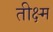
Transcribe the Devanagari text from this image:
तीक्ष्म